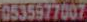
0535977007